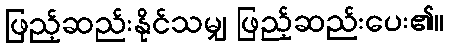
ဖြည့်ဆည်းနိုင်သမျှ ဖြည့်ဆည်းပေး၏။